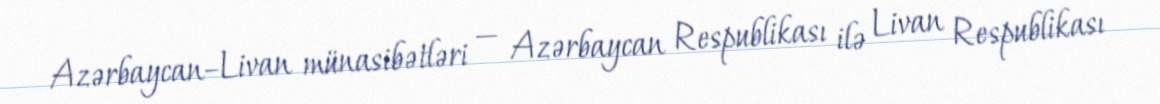
Azərbaycan–Livan münasibətləri — Azərbaycan Respublikası ilə Livan Respublikası